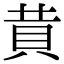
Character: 𧴹